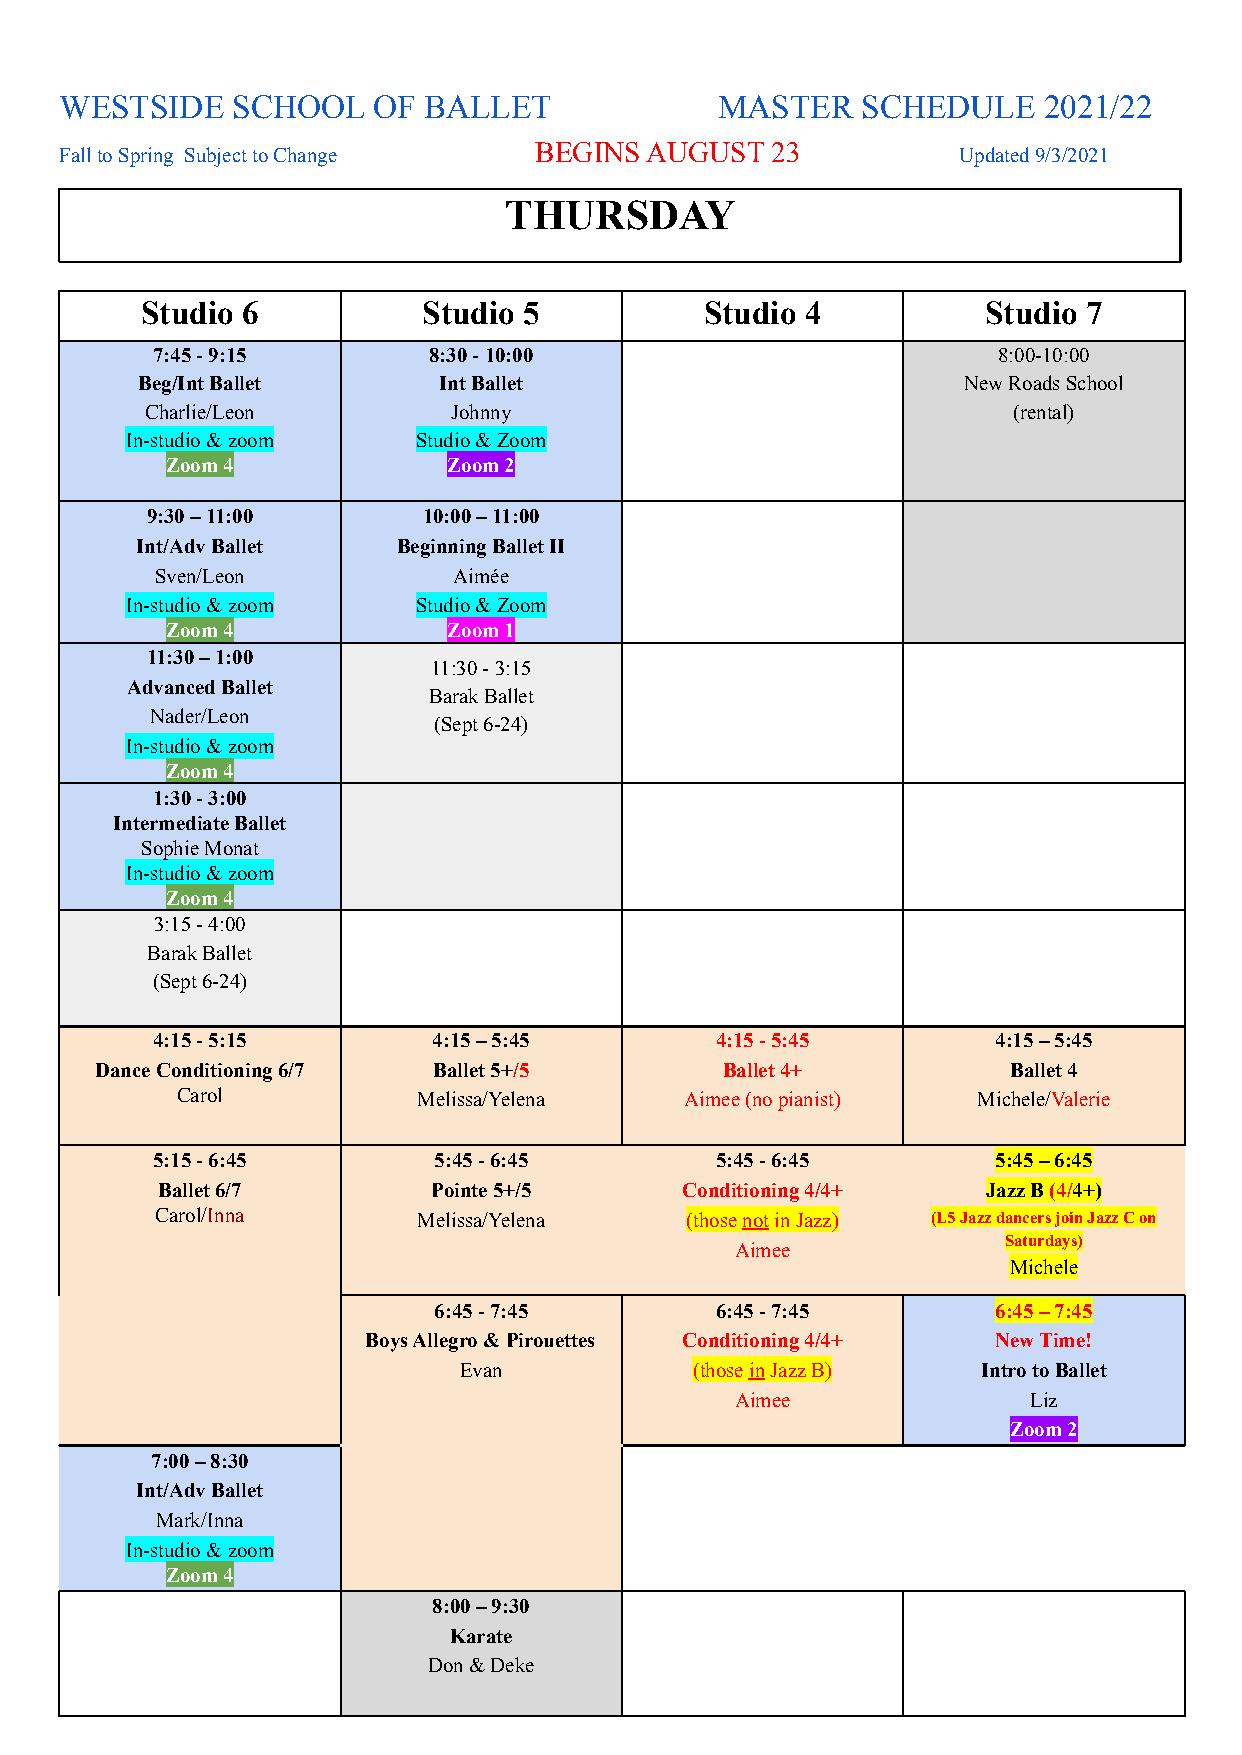
WESTSIDE   SCHOOL    OF BALLET             MASTER    SCHEDULE    2021/22
 BEGINS  AUGUST  23
 Fall to Spring Subject to Change                           Updated9/3/2021
 THURSDAY
 Studio 6           Studio 5           Studio 4          Studio 7
 7:45 - 9:15       8:30 - 10:00                          8:00-10:00
 Beg/Int Ballet      Int Ballet                         New Roads School
 Charlie/Leon        Johnny                               (rental)
 In-studio & zoom    Studio & Zoom
 Zoom 4             Zoom 2
 9:30 – 11:00      10:00 – 11:00
 Int/Adv Ballet   Beginning Ballet II
 Sven/Leon           Aimée
 In-studio & zoom    Studio & Zoom
 Zoom 4             Zoom 1
 11:30 – 1:00
 11:30 - 3:15
 Advanced Ballet
 Barak Ballet
 Nader/Leon
 (Sept 6-24)
 In-studio & zoom
 Zoom 4
 1:30 - 3:00
 Intermediate Ballet
 Sophie Monat
 In-studio & zoom
 Zoom 4
 3:15 - 4:00
 Barak Ballet
 (Sept 6-24)
 4:15 - 5:15        4:15 – 5:45       4:15 - 5:45        4:15 – 5:45
 Dance Conditioning 6/7 Ballet 5+/5        Ballet 4+          Ballet 4
 Carol           Melissa/Yelena   Aimee (no pianist)  Michele/Valerie
 5:15 - 6:45        5:45 - 6:45       5:45 - 6:45        5:45 – 6:45
 Ballet 6/7         Pointe 5+/5     Conditioning 4/4+   Jazz B(4/4+)
 Carol/Inna        Melissa/Yelena   (thosenotin Jazz) (L5 Jazz dancers join Jazz C on
 Saturdays)
 Aimee
 Michele
 6:45 - 7:45       6:45 - 7:45        6:45 – 7:45
 Boys Allegro & Pirouettes Conditioning 4/4+ New Time!
 Evan            (thoseinJazz B)    Intro to Ballet
 Aimee              Liz
 Zoom 2
 7:00 – 8:30
 Int/Adv Ballet
 Mark/Inna
 In-studio & zoom
 Zoom 4
 8:00 – 9:30
 Karate
 Don & Deke